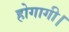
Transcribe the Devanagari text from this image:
होगागी।